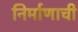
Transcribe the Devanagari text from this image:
निर्माणाची